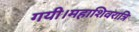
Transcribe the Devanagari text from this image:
गयी।महाशिवरात्रि